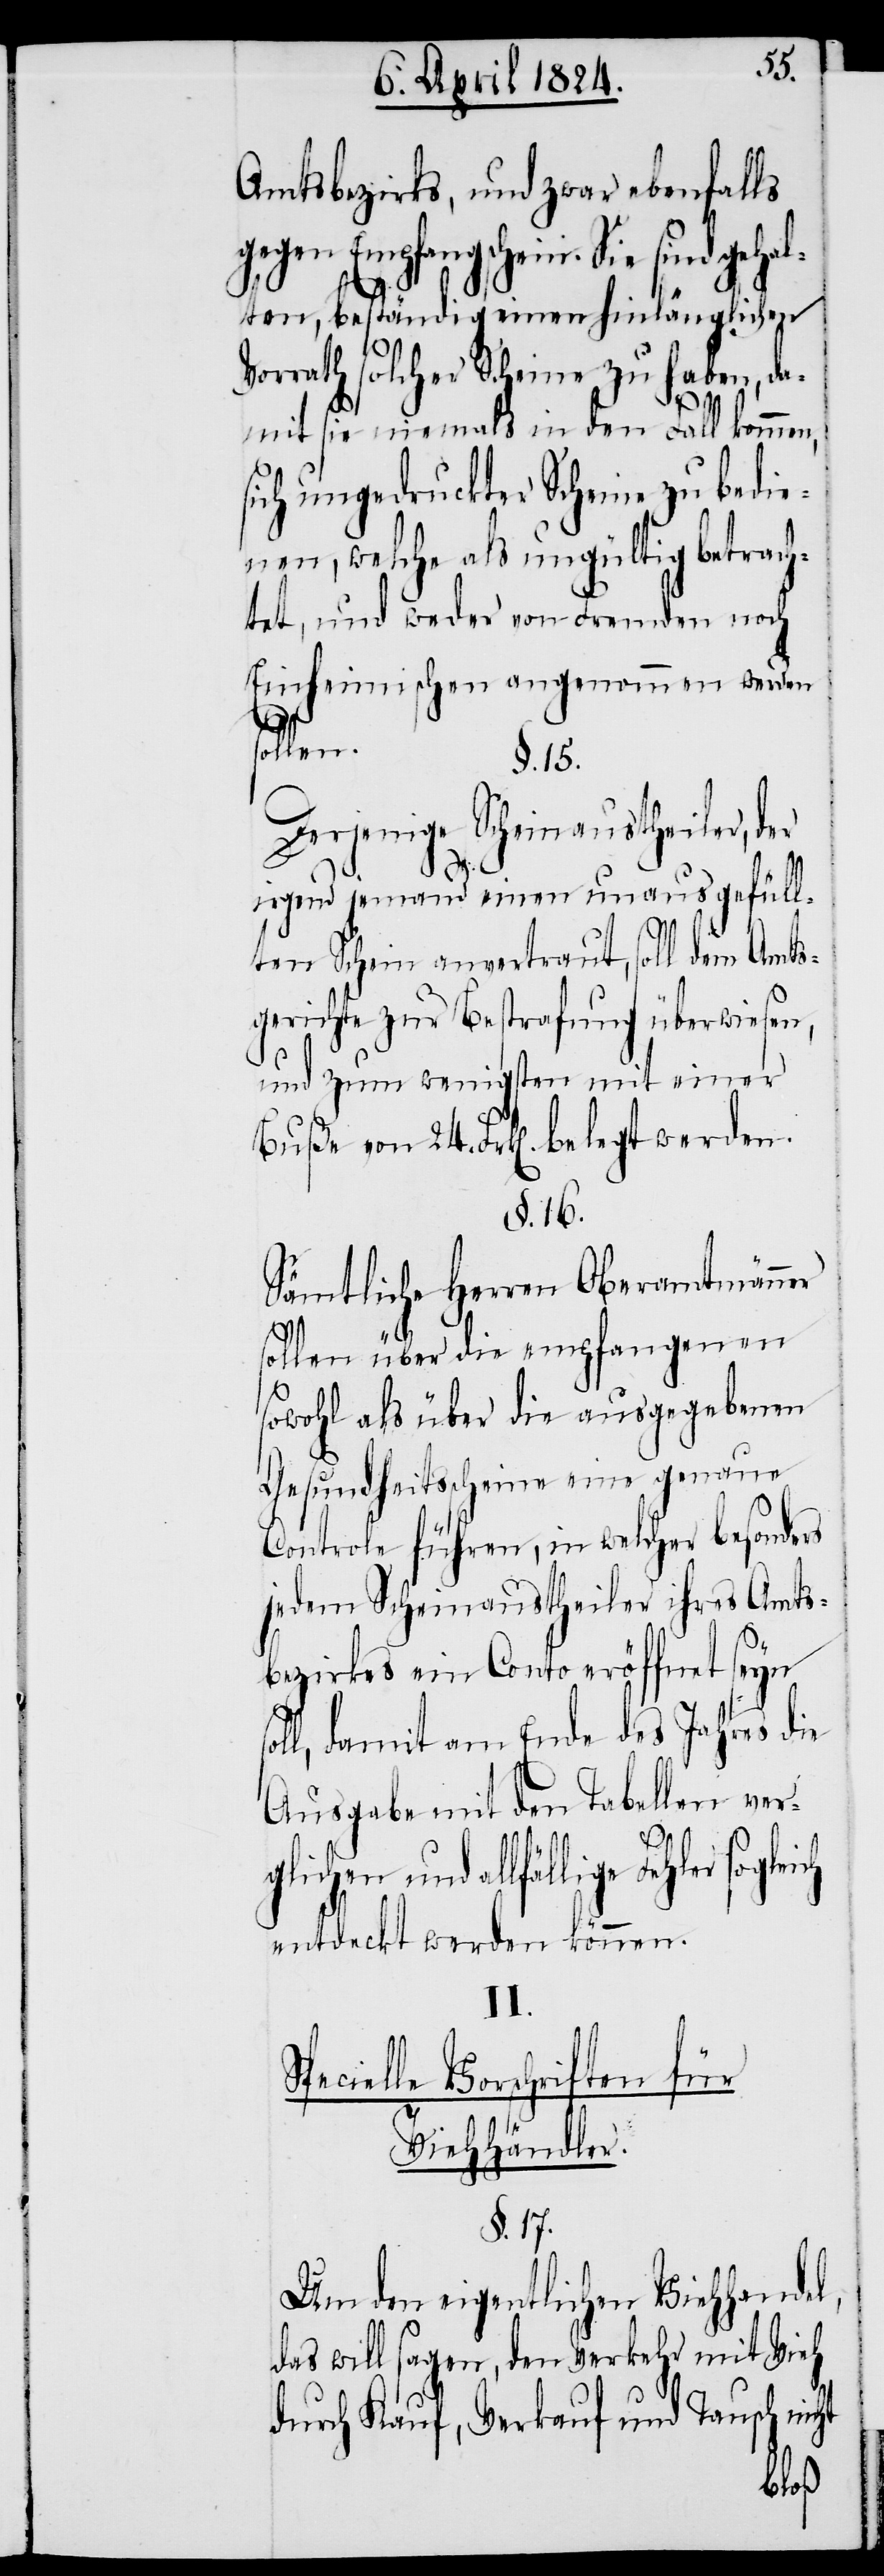
Spe¬
Amtsbezirks, und zwar ebenfalls
gegen Empfangschein. Sie sind gehal¬
ten, beständig einen hinlänglichen
Vorrath solcher Scheine zu haben, da¬
mit sie niemals in den Fall kommen,
sich ungedruckter Scheine zu bedie¬
nen, welche als ungültig betrach¬
tet, und weder von Fremden noch
Einheimischen angenommen werden
sol¬
§. 16.
Derjenige Scheinaustheiler, der
irgend jemand einen unausgefüll¬
ten Schein anvertraut, soll dem Amts¬
gerichte zur Bestrafung überwiesen,
und zum wenigsten mit einer
Sämtliche Herren Oberamtmänner
sollen über die empfangenen
sowohl als über die ausgegebenen
Gesundheitsscheine eine genaue
Controle führen, in welcher besonders
jedem Scheinaustheiler ihres Amts¬
bezirkes ein Conto eröffnet seyn
l, damit am Ende des Jahres die
Ausgabe mit den Tabellen ver¬
glichen und allfällige Fehler
entdeckt werden können.
II.
cielle Vorschriften für
Viehhändler.
§. 17.
Um den eigentlichen Viehhandel,
das will sagen, den Verkehr mit Vieh
durch Kauf, Verkauf und Tausch nicht
Buße